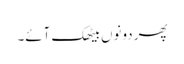
پھر دونوں بیٹھک آئے۔